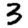
Digit: 3